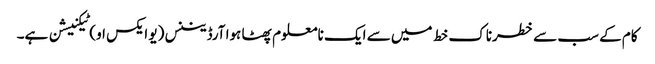
کام کے سب سے خطرناک خط میں سے ایک نامعلوم پھٹا ہوا آرڈیننس (یو ایکس او) ٹیکنیشن ہے۔